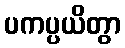
ပကပ္ပယိတွာ